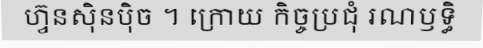
ហ្វ៊ុនស៊ិនប៉ិច ។ ក្រោយ កិច្ចប្រជុំ រណឫទ្ធិ